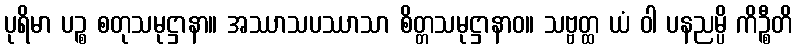
ပုရိမာ ပဉ္စ စတုသမုဋ္ဌာနာ။ အဿာသပဿာသာ စိတ္တသမုဋ္ဌာနာဝ။ သဗ္ဗတ္ထ ယံ ဝါ ပနညမ္ပိ ကိဉ္စီတိ